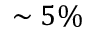
\sim 5 \%